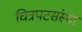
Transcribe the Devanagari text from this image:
चित्रपटसंस्था